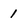
Character: 1